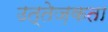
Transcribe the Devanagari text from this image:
उत्तेज़कता